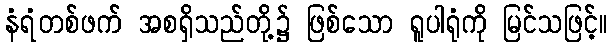
နံရံတစ်ဖက် အစရှိသည်တို့၌ ဖြစ်သော ရူပါရုံကို မြင်သဖြင့်။